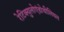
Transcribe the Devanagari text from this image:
रेटिक्युलोएंडोथीलियल